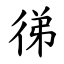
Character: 㣢